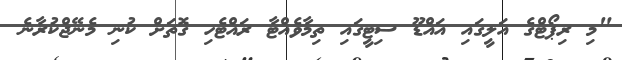
"މި ރިޕޯޓްގެ އަލީގައި އައްޑޫ ސިޓީގައި ތިމާވެއްޓާ ރައްޓެހި ގޮތަށް ކުނި މެނޭޖްކުރާނެ